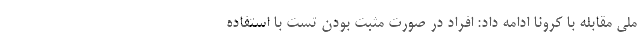
ملی مقابله با کرونا ادامه داد: افراد در صورت مثبت بودن تست با استفاده